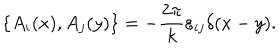
\{ A _ { i } ( x ) , A _ { j } ( y ) \} = - \frac { 2 \pi } { k } \varepsilon _ { i j } \delta ( x - y ) .